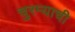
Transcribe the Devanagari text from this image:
चुरम्याची